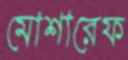
মোশারেফ